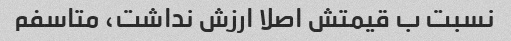
نسبت ب قیمتش اصلا ارزش نداشت، متاسفم